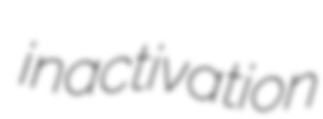
inactivation